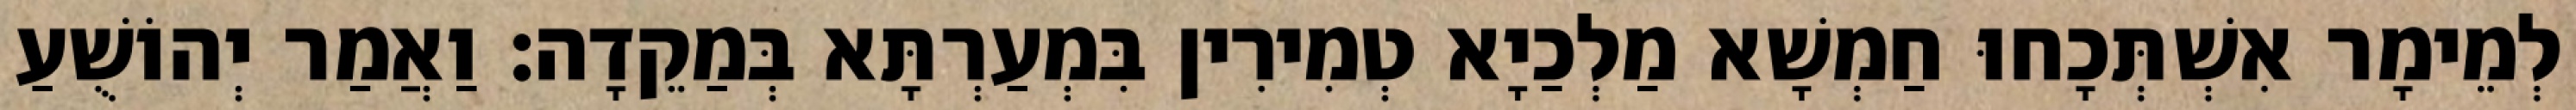
לְמֵימָר אִשְׁתְּכָחוּ חַמְשָׁא מַלְכַיָא טְמִירִין בִּמְעַרְתָּא בְּמַקֵדָה׃ וַאֲמַר יְהוֹשֻׁעַ